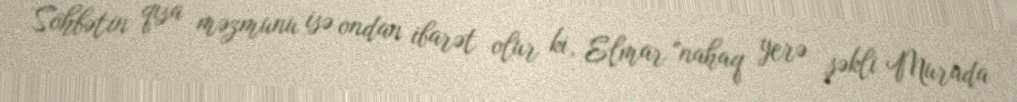
Söhbətin qısa məzmunu isə ondan ibarət olur ki, Elmar "nahaq yerə şəkli Murada